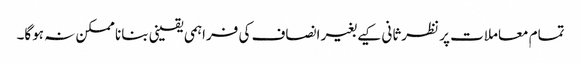
تمام معاملات پر نظرثانی کیے بغیر انصاف کی فراہمی یقینی بنانا ممکن نہ ہوگا۔